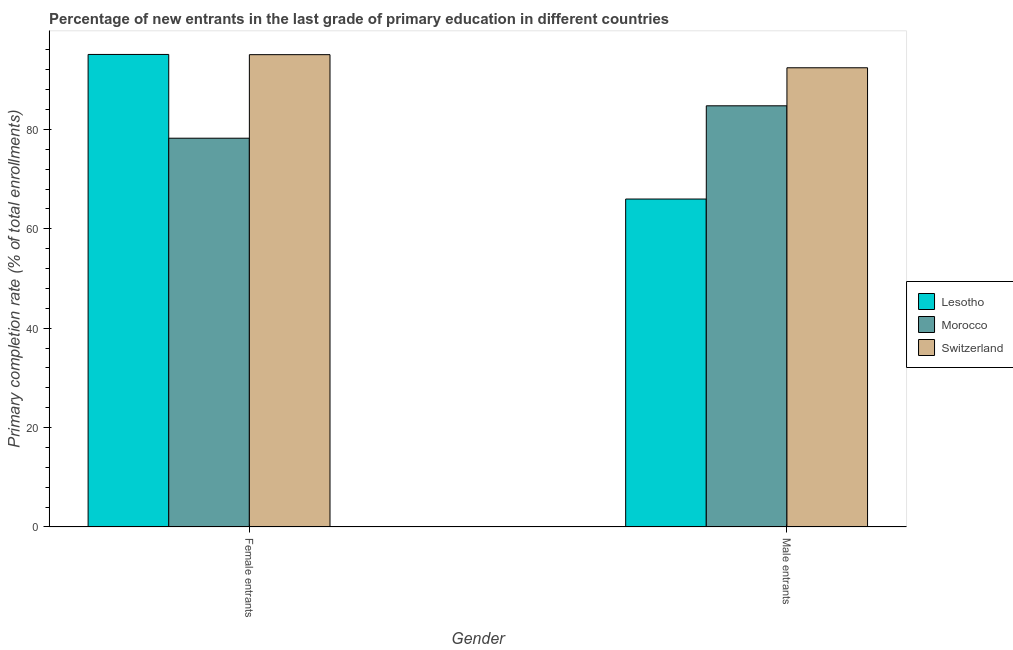
| Gender | Lesotho | Morocco | Switzerland |
 | --- | --- | --- | --- |
 | Female entrants | 95.1 | 78.2 | 95.1 |
 | Male entrants | 66 | 84.8 | 92.4 |